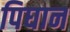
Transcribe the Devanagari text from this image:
पिघान